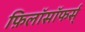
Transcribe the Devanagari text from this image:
फ़िलॉसॉफर्स्